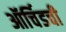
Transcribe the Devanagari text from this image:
ऑर्चिडची